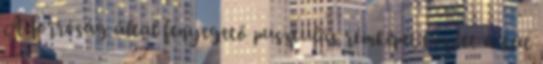
A forróság által fenyegető pusztulás rémképei között a kút